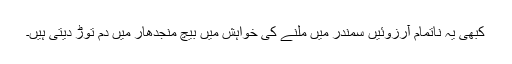
کبھی یہ ناتمام آرزوئیں سمندر میں ملنے کی خواہش میں بیچ منجدھار میں دم توڑ دیتی ہیں۔